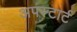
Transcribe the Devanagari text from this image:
अपस्टार्ट